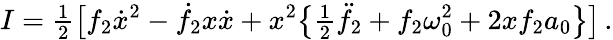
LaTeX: I={\textstyle\frac{1}{2}}\big[f_{2}\dot{x}^{2}-\dot{f}_{2}x\dot{x}+x^{2}\big\{ {\textstyle\frac{1}{2}}\ddot{f}_{2}+f_{2}\omega_{0}^{2}+2xf_{2}a_{0}\big\} \big]\, .